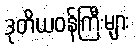
ဒုတိယဝန်ကြီးများ